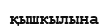
қышкылына